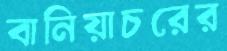
বানিয়াচরের